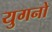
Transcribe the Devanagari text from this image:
युगनो